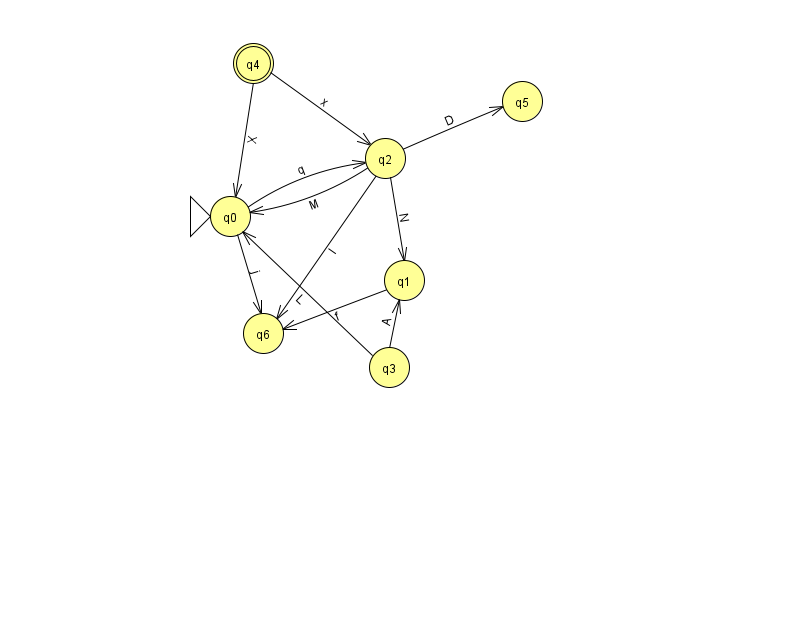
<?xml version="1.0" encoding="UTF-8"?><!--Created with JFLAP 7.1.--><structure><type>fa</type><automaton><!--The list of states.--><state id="0" name="q0"><x>230.0</x><y>203.0</y><initial/></state><state id="1" name="q1"><x>404.0</x><y>267.0</y></state><state id="2" name="q2"><x>385.0</x><y>145.0</y></state><state id="3" name="q3"><x>389.0</x><y>354.0</y></state><state id="4" name="q4"><x>253.0</x><y>50.0</y><final/></state><state id="5" name="q5"><x>522.0</x><y>88.0</y></state><state id="6" name="q6"><x>263.0</x><y>320.0</y></state><!--The list of transitions.--><transition><from>2</from><to>6</to><read>l</read></transition><transition><from>1</from><to>6</to><read>f</read></transition><transition><from>3</from><to>1</to><read>A</read></transition><transition><from>2</from><to>0</to><read>M</read></transition><transition><from>2</from><to>5</to><read>D</read></transition><transition><from>2</from><to>1</to><read>N</read></transition><transition><from>4</from><to>2</to><read>x</read></transition><transition><from>0</from><to>2</to><read>q</read></transition><transition><from>3</from><to>0</to><read>L</read></transition><transition><from>4</from><to>0</to><read>X</read></transition><transition><from>0</from><to>6</to><read>j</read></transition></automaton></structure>